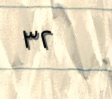
٣٢